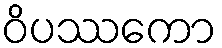
ဝိပဿကော